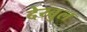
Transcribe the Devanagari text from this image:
देय्बुल